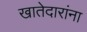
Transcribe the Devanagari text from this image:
खातेदारांना